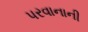
પરવાનાની